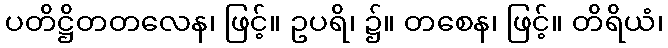
ပတိဋ္ဌိတတလေန၊ ဖြင့်။ ဥပရိ၊ ၌။ တစေန၊ ဖြင့်။ တိရိယံ၊